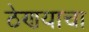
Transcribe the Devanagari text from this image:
ठेणयाचा